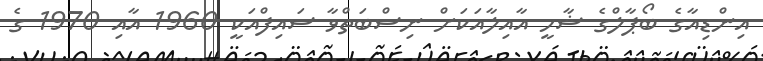
އިންޑިއާގެ ބޯޕާލްގެ ޝާހީ އާއިލާއަކަށް ނިސްބަތްވާ ސައިފްއަކީ 1960 އާއި 1970 ގެ